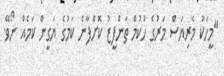
"މީހަކު މެރިޔަސް މަރުގެ ހުކުމް ތަންފީޒު ކޮށްފާނެ ކަމުގެ ޔަގީން ކަމެއް ނޯވޭ.